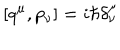
LaTeX: \left[ q ^ { \mu } , p _ { \nu } \right] = i \hbar \delta _ { \nu } ^ { \mu }